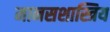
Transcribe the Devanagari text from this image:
मानसशास्त्रिय